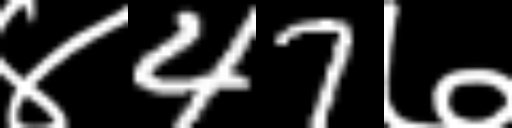
Text: ४47७